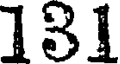
181